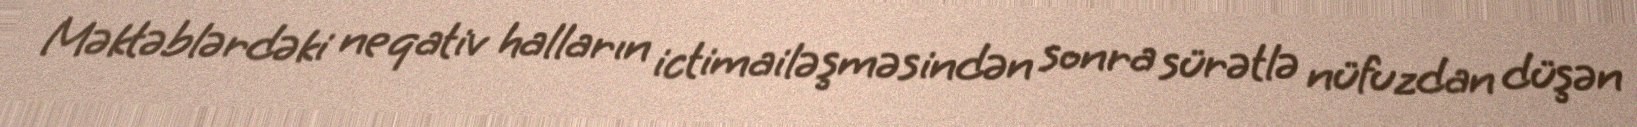
Məktəblərdəki neqativ halların ictimailəşməsindən sonra sürətlə nüfuzdan düşən